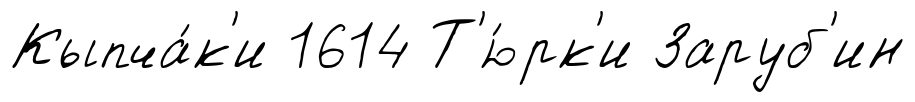
Кыпча́к'и 1614 Т'ю́рк'и Заруб'ин